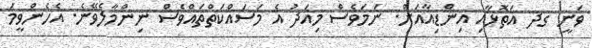
ވަނީ ގދ އަތޮޅާއި އިންޑިއާއަށް. ނަމަވެސް މިއަދު އެ މަސައްކަތްތައްވެސް ނިންމާލެވޭނެ. އެހެންވީމަ